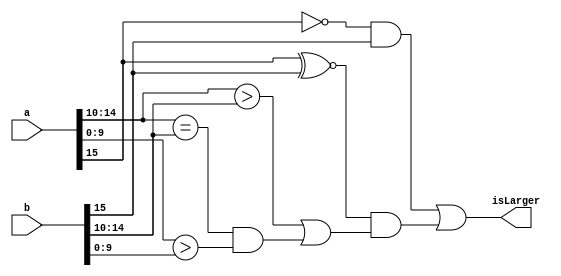
module float_larger (
  a, b, isLarger
);

  input [15:0] a, b;
  output isLarger;
  
  wire isEqualSign, isSign, isEx, isEqualEx, isMan;
  
  assign isEqualSign = a[15] ~^ b[15];
  assign isSign = ~a[15] & b[15];
  assign isEx   = a[14:10] > b[14:10];
  assign isEqualEx   = a[14:10] == b[14:10];
  assign isMan = a[9:0] > b[9:0];
  assign isLarger = isSign | (isEqualSign & (isEx | (isEqualEx & isMan)));
  
endmodule